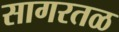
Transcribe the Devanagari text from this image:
सागरतळ